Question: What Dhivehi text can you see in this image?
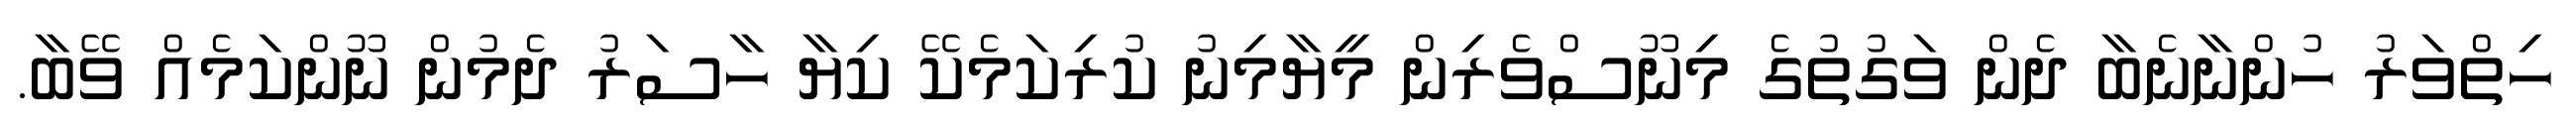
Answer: ހިތްވަރު ހުންނާނެބާ ދެން ވަގުތުގެ މިނޫސްވެރިން މީޔާމިނު ކުރިކަމެކޭ ކިޔާ ހާސަރު ދެމުން ނޫންކަމެއް ވޭބާ.